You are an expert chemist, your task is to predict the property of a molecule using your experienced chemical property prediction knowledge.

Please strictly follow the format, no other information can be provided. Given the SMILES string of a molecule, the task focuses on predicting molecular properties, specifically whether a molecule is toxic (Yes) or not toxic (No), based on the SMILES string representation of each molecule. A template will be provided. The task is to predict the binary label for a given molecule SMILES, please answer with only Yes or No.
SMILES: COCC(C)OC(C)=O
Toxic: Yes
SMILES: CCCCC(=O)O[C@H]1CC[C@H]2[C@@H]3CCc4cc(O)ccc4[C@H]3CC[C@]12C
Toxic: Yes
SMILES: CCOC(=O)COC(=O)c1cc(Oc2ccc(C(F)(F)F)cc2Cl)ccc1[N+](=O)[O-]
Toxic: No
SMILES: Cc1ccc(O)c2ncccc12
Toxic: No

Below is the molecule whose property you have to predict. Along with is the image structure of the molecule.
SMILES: Cl[Pd]Cl
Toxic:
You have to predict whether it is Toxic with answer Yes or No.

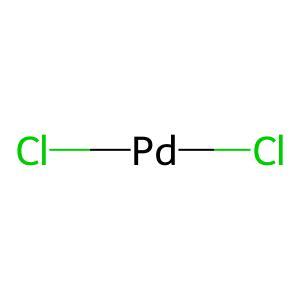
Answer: No